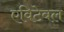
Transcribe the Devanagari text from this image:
एविटेबल